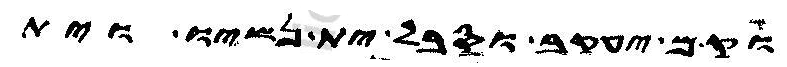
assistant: וקם יעקב וסבל ית נשיו וית